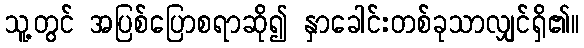
သူ့တွင် အပြစ်ပြောစရာဆို၍ နှာခေါင်းတစ်ခုသာလျှင်ရှိ၏။